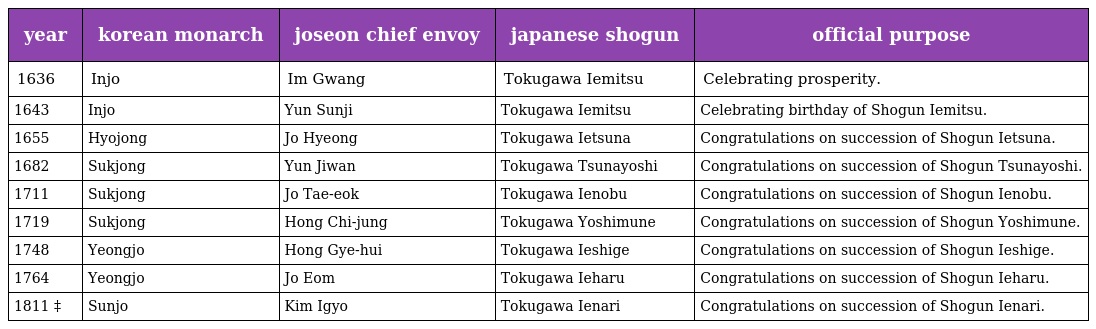
| year | korean monarch | joseon chief envoy | japanese shogun | official purpose |
 | --- | --- | --- | --- | --- |
 | 1636 | Injo | Im Gwang | Tokugawa Iemitsu | Celebrating prosperity. |
 | 1643 | Injo | Yun Sunji | Tokugawa Iemitsu | Celebrating birthday of Shogun Iemitsu. |
 | 1655 | Hyojong | Jo Hyeong | Tokugawa Ietsuna | Congratulations on succession of Shogun Ietsuna. |
 | 1682 | Sukjong | Yun Jiwan | Tokugawa Tsunayoshi | Congratulations on succession of Shogun Tsunayoshi. |
 | 1711 | Sukjong | Jo Tae-eok | Tokugawa Ienobu | Congratulations on succession of Shogun Ienobu. |
 | 1719 | Sukjong | Hong Chi-jung | Tokugawa Yoshimune | Congratulations on succession of Shogun Yoshimune. |
 | 1748 | Yeongjo | Hong Gye-hui | Tokugawa Ieshige | Congratulations on succession of Shogun Ieshige. |
 | 1764 | Yeongjo | Jo Eom | Tokugawa Ieharu | Congratulations on succession of Shogun Ieharu. |
 | 1811 ‡ | Sunjo | Kim Igyo | Tokugawa Ienari | Congratulations on succession of Shogun Ienari. |